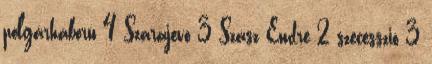
polgárháború 4 Szarajevó 3 Szász Endre 2 szecesszió 3